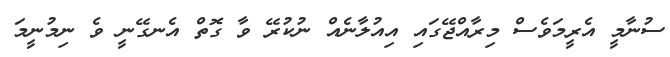
ސުނާމީ އެރީމަވެސް މިރާއްޖޭގަައި އިއުލާނެއް ނުކުރޭ ވާ ގޮތް އެނގޭނީ ވެ ނިމުނީމަ